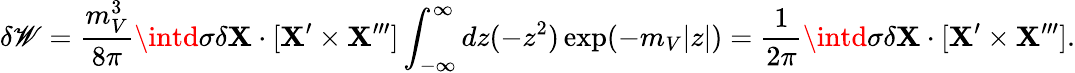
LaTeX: \delta\mathscr{W}={\frac{{m_{V}^{3}}}{{8\pi}}}\intd\sigma\delta{\mathbf{X}}\cdot[{\mathbf{X}}^{\prime}\times{\mathbf{X}}^{\prime\prime\prime}]\int_{-\infty}^{\infty}dz(-z^{2})\exp(-m_{V}|z|)={\frac{{1}}{{2\pi}}}\intd\sigma\delta{\mathbf{X}}\cdot[{\mathbf{X}}^{\prime}\times{\mathbf{X}}^{\prime\prime\prime}].